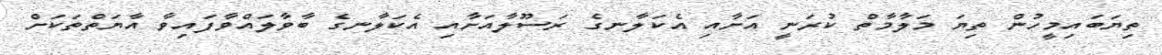
ތިޔަބައިމީހުން ތިޔަ މަލާމާތް ކުރަނީ އަށާއި އެކަލާނގެ ރަސޫލާއަށާއި އެކަލާނގެ ބާވާލައްވާފައިވާ އާޔަތްތަކަށް